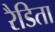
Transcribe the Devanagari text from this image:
रैडिता